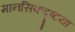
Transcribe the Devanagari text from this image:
मानसिकदृष्टया